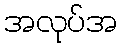
အလုပ်အ